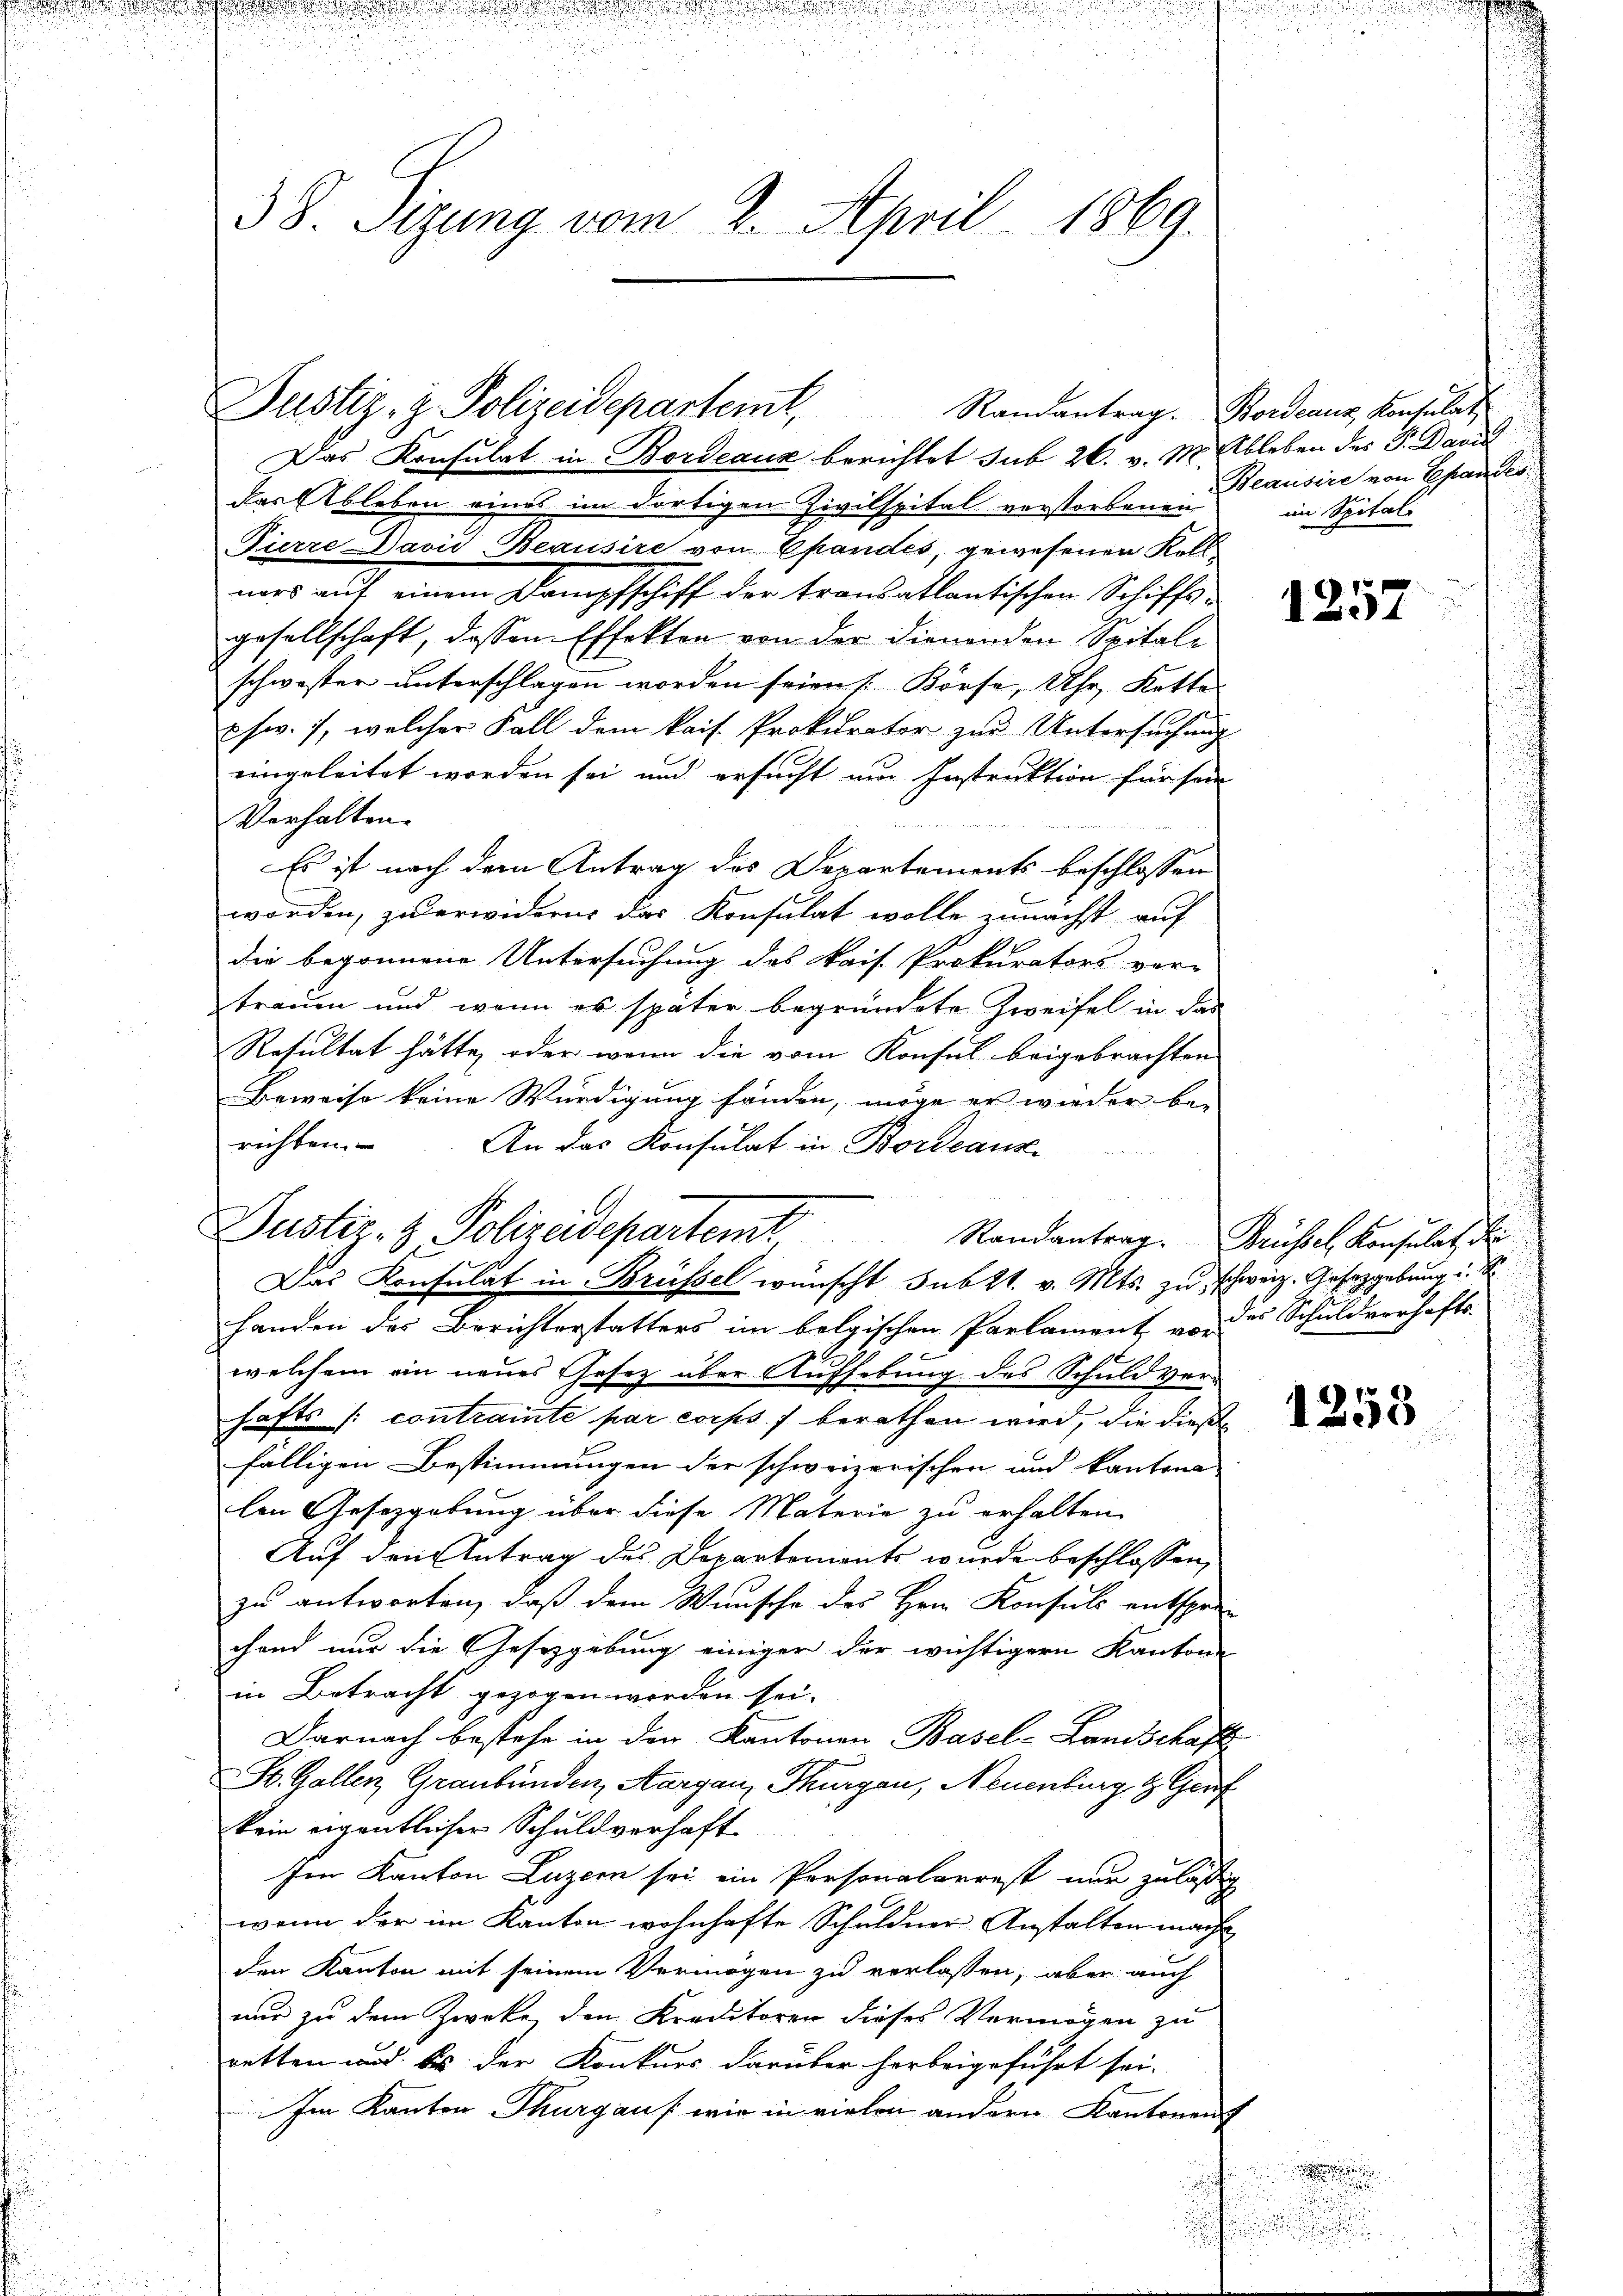
38. Sizung vom 2. April 1869.

Justiz- & Polizeidepartemt,

Das Konsulat in Bordeaux berichtet sub 20. v. M. Ableben des P. Davi
das Ableben eines im dortigen Zivilspital verstorbenen
Fierze Davić-Beausire von Pfandes, gewesenen Kell
ners auf einem Dampfschiff der transatlantischen Schiffsgesellschaft, dassen Effekten von der dienenden Spitalschwester unterschlagen worden seien [Körse, Uhr, Kette
pfw. 7, welcher Fall dem kais. Prokurator zur Untersuchung
eingeleitet worden sei und ersucht um Instruktion für sein
Verhalten.

Es ist nach dem Antrag des Departements beschlossen
worden, zu erwidern das Konsulat wolle zunächst auf
die begonnene Untersuchung des kais. Prokurators ver-
trauen und wenn es später begründete Zweifel in das
Resultat hätte, oder wenn die vom Konsul beigebrachten
Beweise keine Würdigung fanden, möge er wieder be-
richten.
An das Konsulat in Bordeaus
Das Konsulat in Brüssel wünscht sub 21. v. Mts. zu schweiz. Gesetzgebung u.
Handen des Berichterstatters im belgischen Parlament von 2 Schuldverhafts-
welchem ein neues Gesetz über Aufhebung des Schuldver-
hafts /: contraite par corps f berathen wird, die dies
fälligen Bestimmungen der schweizerischen und kantona
len Gesetzgebung über diese Materie zu erhalten
Auf den Antrag des Departements wurde beschlossen,
zu antworten, daß dem Wunsche des Hrn. Konsuls entspre-
chend nur die Gesetzgebung einiger der wichtigern Kantons
in Betracht gezogen worden sei.
Darnach bestehe in den Kantonen Basel-Landschaft
St. Gallen, Graubünden, Aargau, Thurgau, Neuenburg & Gruf
kein eigentlicher Schuldverhaft
Im Kanton Luzern sei ein Personalarrest nur zulässig
wenn der im Kanton wohnhafte Schuldner Anstalten mache
den Kanton mit seinem Vermögen zu verlassen, aber auch
nur zu dem Zwecke den Kreditoren dieses Vermögen zu
retten und bis der Konkurs darüber herbeigeführt sei.
Im Kanton Thurgau [ wie in vielen andern Kantonens

Pustiz- & Polizeidepartemt

Randantrag. Bordeaux, Konsulat
Beausire von Epandes
im Spital

1257

Randantrag. Brüssel Konsulat, d

1253

.

n
.